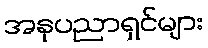
အနုပညာရှင်များ